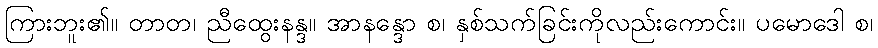
ကြားဘူး၏။ တာတ၊ ညီထွေးနန္ဒ။ အာနန္ဒော စ၊ နှစ်သက်ခြင်းကိုလည်းကောင်း။ ပမောဒေါ စ၊